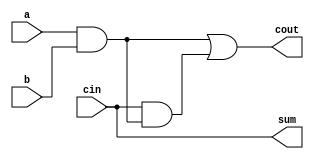
module full_adder4(a,b,cin,sum,cout);
input a,b,cin;
output sum,cout;
assign sum = 1'b0^cin;
assign cout = a&b|cin&(a&b); 
// initial begin
//     $display("The incorrect adder with xor0 and xor1 having out/0 and in1/0");
// end   
endmodule